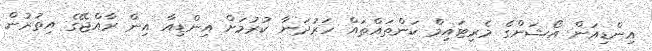
އިންޑިއަން އޯޝަންގެ މެރިޓައިމް ކަންތައްތައް ހަރުދަނާ ކުރުމަށް އިންޑިއާ އިން ރާއްޖޭގެ އިތުރުުން